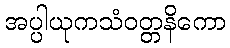
အပ္ပါယုကသံဝတ္တနိကော